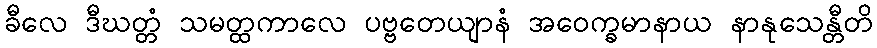
ခီလေ ဒီဃတ္တံ သမတ္ထကာလေ ပဗ္ဗတေယျာနံ အဝေက္ခမာနာယ နာနုသေန္တီတိ